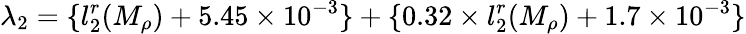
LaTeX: \lambda_{2}=\{ l_{2}^{r}(M_{\rho})+5.45\times 10^{-3}\} +\{ 0.32\times l_{2}^{r}(M_{\rho})+1.7\times 10^{-3}\}